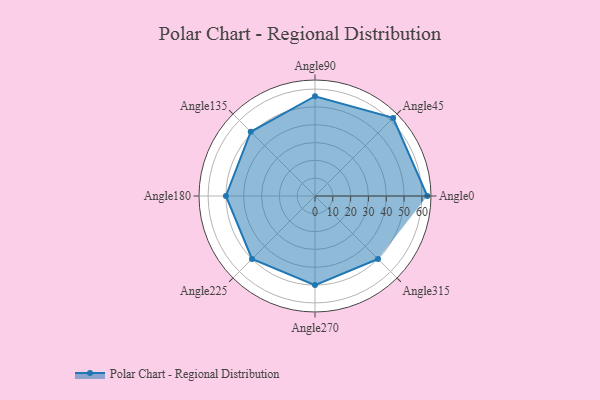
{"axis": {"x": "Angle", "y": "Radius"}, "legend": [""], "data": [{"x": "Angle0", "y": 63.0, "type": ""}, {"x": "Angle45", "y": 62.0, "type": ""}, {"x": "Angle90", "y": 56.0, "type": ""}, {"x": "Angle135", "y": 51.0, "type": ""}, {"x": "Angle180", "y": 50, "type": ""}, {"x": "Angle225", "y": 50, "type": ""}, {"x": "Angle270", "y": 50, "type": ""}, {"x": "Angle315", "y": 50, "type": ""}]}